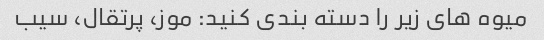
میوه های زیر را دسته بندی کنید: موز، پرتقال، سیب